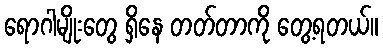
ရောဂါမျိုးတွေ ရှိနေ တတ်တာကို တွေ့ရတယ်။